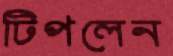
টিপলেন